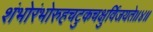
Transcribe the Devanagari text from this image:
शंभोरंभोरुहचटुकचक्षुर्विजयते॥४॥